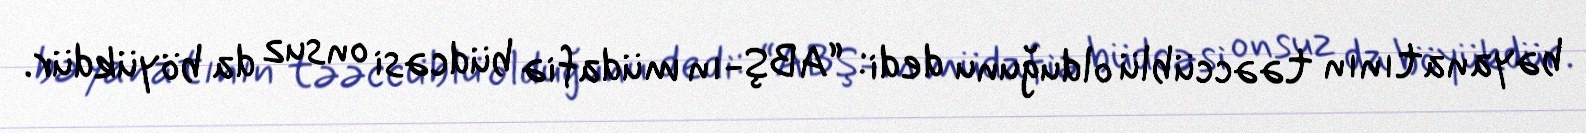
bəyanatının təəccüblü olduğunu dedi: “ABŞ-ın müdafiə büdcəsi onsuz da böyükdür.